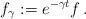
LaTeX: \begin{align*}f_\gamma:=e^{-\gamma t}f\,.\end{align*}